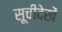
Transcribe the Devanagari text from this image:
सूचीदेखें